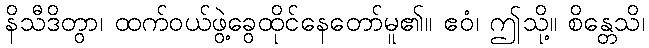
နိသီဒိတွာ၊ ထက်ဝယ်ဖွဲ့ခွေထိုင်နေတော်မူ၏။ ဧဝံ၊ ဤသို့။ စိန္တေသိ၊